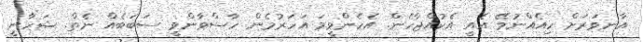
އާނވަރަށް ހިއެއްނުވޭ އެއީ އެކުއްޖާހެން. އެހެންވީމަ އަހަރުމެން ހާސްވާންވީ ސަބަބެއް ނެތް. ޝަހާނީ